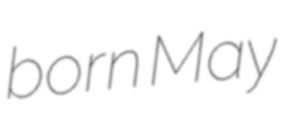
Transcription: born May